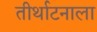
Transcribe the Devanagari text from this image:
तीर्थाटनाला